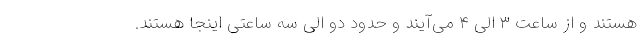
هستند و از ساعت ۳ الی ۴ می‌آیند و حدود دو الی سه ساعتی اینجا هستند.